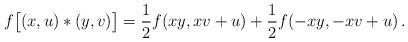
LaTeX: \begin{align*}f\bigl[(x,u) * (y,v) \bigr]=\frac{1}{2} f (x y, x v+u)+\frac{1}{2} f (-x y, -x v+u)\,.\end{align*}